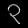
Digit: ၃